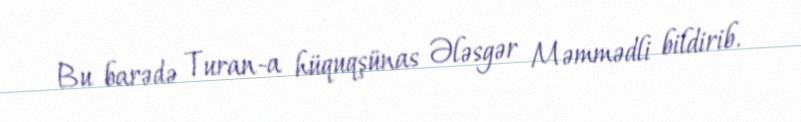
Bu barədə Turan-a hüquqşünas Ələsgər Məmmədli bildirib.